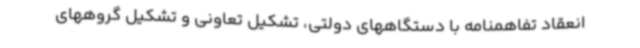
انعقاد تفاهمنامه با دستگاههای دولتی، تشکیل تعاونی و تشکیل گروههای